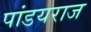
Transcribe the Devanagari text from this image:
पांडयराज